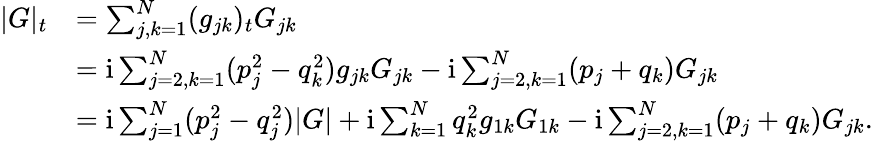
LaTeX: \begin{array}{rl}{|G|_{t}}&{=\sum_{j,k=1}^{N}(g_{jk})_{t}G_{jk}}\\ &{=\mathrm{i}\sum_{j=2,k=1}^{N}(p_{j}^{2}-q_{k}^{2})g_{jk}G_{jk}-\mathrm{i}\sum_{j=2,k=1}^{N}(p_{j}+q_{k})G_{jk}}\\ &{=\mathrm{i}\sum_{j=1}^{N}(p_{j}^{2}-q_{j}^{2})|G|+\mathrm{i}\sum_{k=1}^{N}q_{k}^{2}g_{1k}G_{1k}-\mathrm{i}\sum_{j=2,k=1}^{N}(p_{j}+q_{k})G_{jk}.}\end{array}